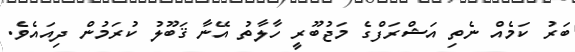
ބަރު ކަމެއް ނެތި އަޝްރަފްގެ މަޖުބޫރީ ހާލާތު އޭނާ ޤަބޫލު ކުރަމުން ދިއައެވެ.